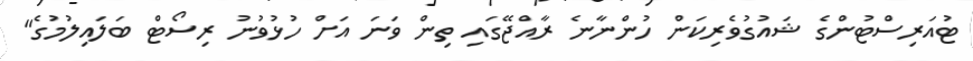
ޓުއަރިސްޓުންގެ ޝައުގުވެރިކަން ހުންނާނެ ރާއްޖޭގައި ތިން ވަނަ އަށް ހުޅުވުނު ރިސޯޓް ބަލައިލުމުގެ"